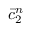
\bar { c } _ { 2 } ^ { n }